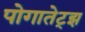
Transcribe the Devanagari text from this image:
पोगातेट्झ